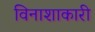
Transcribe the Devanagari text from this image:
विनाशाकारी